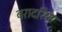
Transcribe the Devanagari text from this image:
बरादरिया